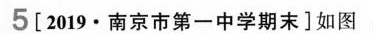
5[2019·南京市第一中学期末]如图